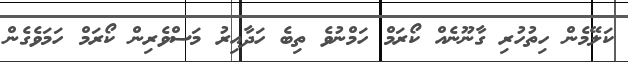
ކަލޭމެން ހިތުހުރި ގާނޫނެއް ކޯރަމް ހަމްނުވެ ތިބެ ހަދާއިރު މަސްވެރިން ކޯރަމް ހަމަވެގެން